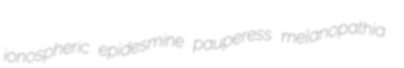
ionospheric epidesmine pauperess melanopathia